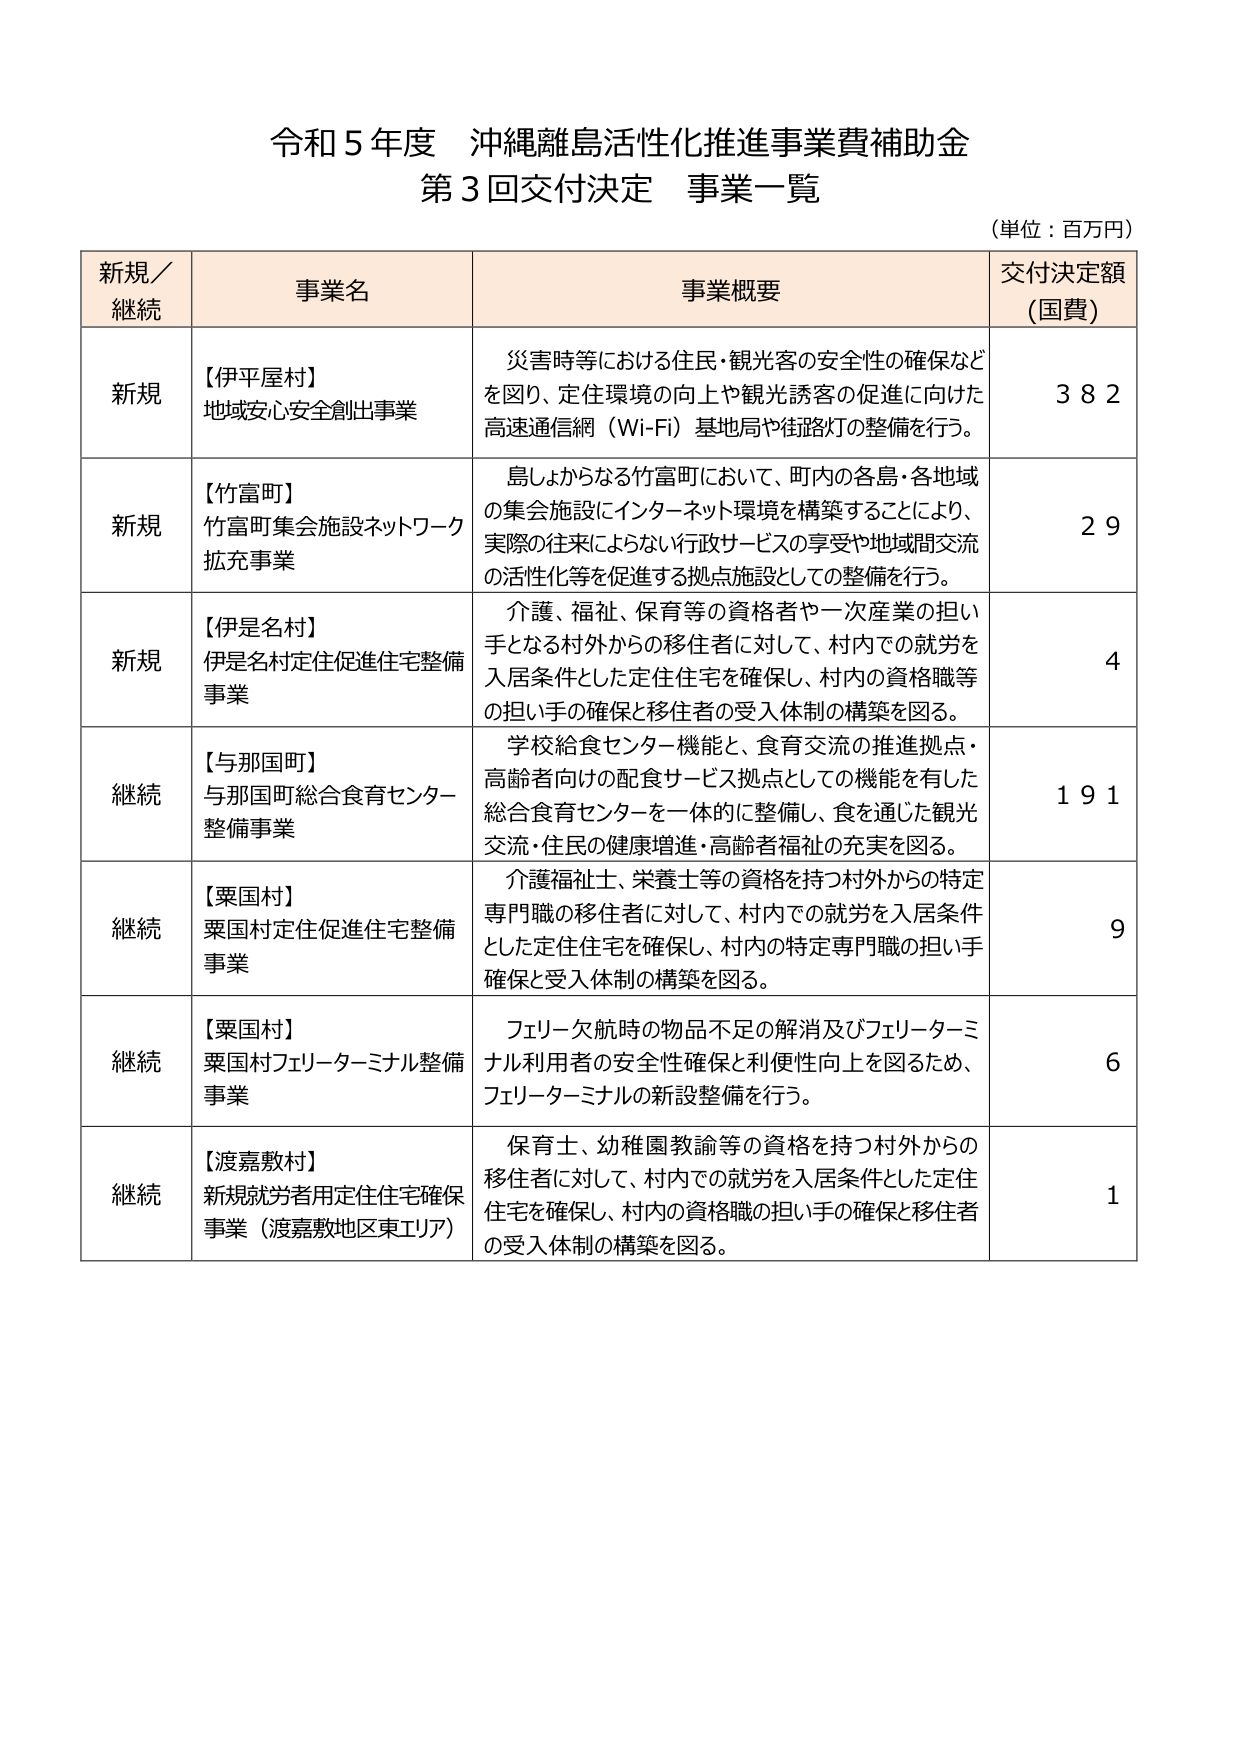
令和５年度 沖縄離島活性化推進事業費補助金
第３回交付決定 事業一覧
（単位：百万円）

新規／
継続　　事業名　　事業概要　　交付決定額（国費）

新規　　【伊平屋村】
地域安心安全創出事業　　災害時等における住民・観光客の安全性の確保などを図り、定住環境の向上や観光誘客の促進に向けた高速通信網（Wi-Fi）基地局や街路灯の整備を行う。　　３８２

新規　　【竹富町】
竹富町集会施設ネットワーク拡充事業　　島しょからなる竹富町において、町内の各島・各地域の集会施設にインターネット環境を構築することにより、実際の往来によらない行政サービスの享受や地域間交流の活性化等を促進する拠点施設としての整備を行う。　　２９

新規　　【伊是名村】
伊是名村定住促進住宅整備事業　　介護、福祉、保育等の資格者や一次産業の担い手となる村外からの移住者に対して、村内での就労を入居条件とした定住住宅を確保し、村内の資格職等の担い手の確保と移住者の受入体制の構築を図る。　　４

継続　　【与那国町】
与那国町総合食育センター整備事業　　学校給食センター機能と、食育交流の推進拠点・高齢者向けの配食サービス拠点としての機能を有した総合食育センターを一体的に整備し、食を通じた観光交流・住民の健康増進・高齢者福祉の充実を図る。　　１９１

継続　　【粟国村】
粟国村定住促進住宅整備事業　　介護福祉士、栄養士等の資格を持つ村外からの特定専門職の移住者に対して、村内での就労を入居条件とした定住住宅を確保し、村内の特定専門職の担い手確保と受入体制の構築を図る。　　９

継続　　【粟国村】
粟国村フェリーターミナル整備事業　　フェリー欠航時の物品不足の解消及びフェリーターミナル利用者の安全性確保と利便性向上を図るため、フェリーターミナルの新設整備を行う。　　６

継続　　【渡嘉敷村】
新規就労者用定住宅確保事業（渡嘉敷地区東エリア）　　保育士、幼稚園教諭等の資格を持つ村外からの移住者に対して、村内での就労を入居条件とした定住住宅を確保し、村内の資格職の担い手の確保と移住者の受入体制の構築を図る。　　１